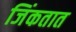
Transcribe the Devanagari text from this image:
जिंकतात